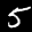
Label: 5